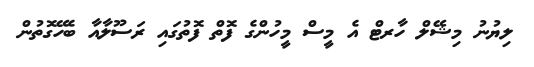
ލިޔުނު މިޝޭލް ހާރޓް އެ މީސް މީހުންގެ ފޮތް ފޮތުގައި ރަސޫލާއާ ބެހޭގޮތުން